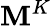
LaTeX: \mathbf{M}^{K}